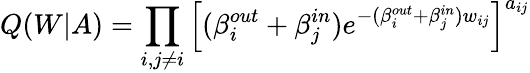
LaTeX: Q(W|A)=\prod_{i,j\neq i}\left[(\beta_{i}^{out}+\beta_{j}^{in})e^{-(\beta_{i}^{out}+\beta_{j}^{in})w_{ij}}\right]^{a_{ij}}